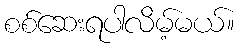
စစ်ဆေးရပါလိမ့်မယ်။